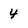
Character: 4